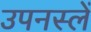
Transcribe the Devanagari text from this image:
उपनस्लें